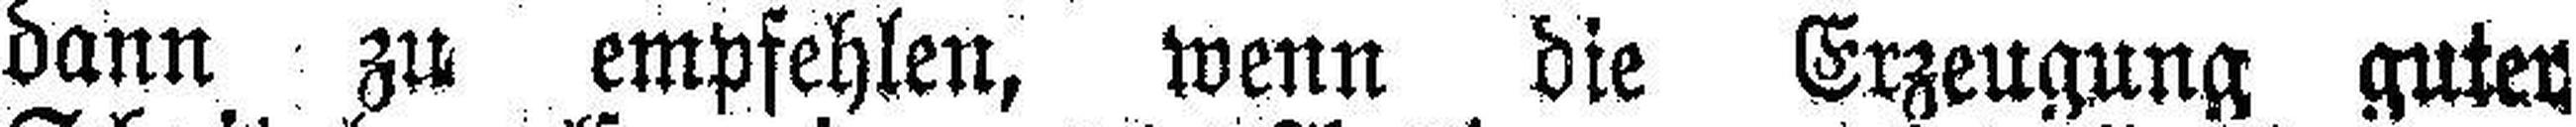
dann zu empfehlen, wenn die Erzeugung guter